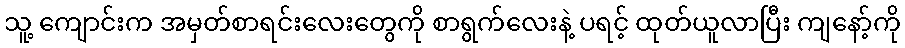
သူ့ ကျောင်းက အမှတ်စာရင်းလေးတွေကို စာရွက်လေးနဲ့ ပရင့် ထုတ်ယူလာပြီး ကျနော့်ကို